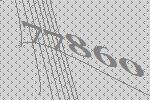
77860